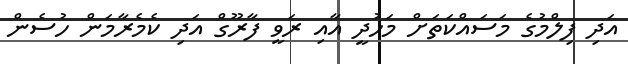
އަދި ފިލްމުގެ މަސައްކަތަށް މަހުދީ އާއި ރަވީ ފާރޫގް އަދި ކެމެރާމަން ހުސެން